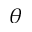
\theta